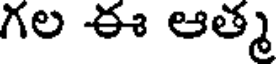
గల ఈ ఆత్మ